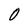
Character: 0